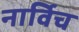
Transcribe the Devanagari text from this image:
नार्विच